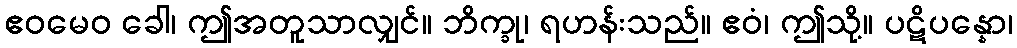
ဧဝမေဝ ခေါ၊ ဤအတူသာလျှင်။ ဘိက္ခု၊ ရဟန်းသည်။ ဧဝံ၊ ဤသို့။ ပဋိပန္နော၊